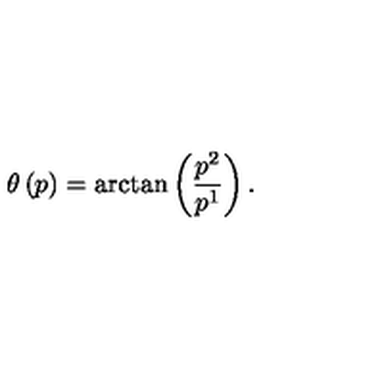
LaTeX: \theta \left( p \right) = \arctan \left( \frac { p ^ { 2 } } { p ^ { 1 } } \right) .